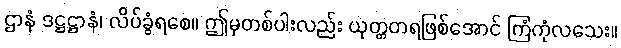
ဌာနံ ဒဋ္ဌဋ္ဌာနံ၊ လိပ်ခွံရစေ။ ဤမှတစ်ပါးလည်း ယုတ္တတရဖြစ်အောင် ကြံကုံလသေး။